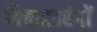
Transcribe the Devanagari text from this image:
विचारतरंगों